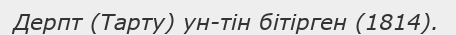
Дерпт (Тарту) ун-тін бітірген (1814).